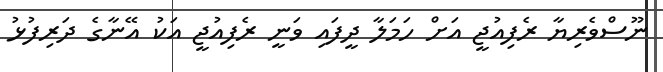
ނޫސްވެރިޔާ ރެފިއުޖީ އަށް ހަމަލާ ދީފައި ވަނީ ރެފިއުޖީ އަކު އޭނާގެ ދަރިފުޅު